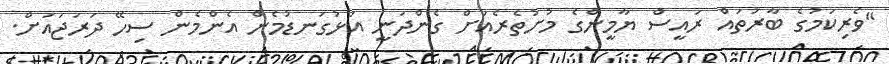
"ވެރިކަމުގެ ބާރުތައް ރައީސް ޔާމީންގެ މުށުތެރެއަށް ގެންދަނީ އަޅުގަނޑުމެން އެންމެން ސިހޭ ދަރަޖައަށް.